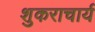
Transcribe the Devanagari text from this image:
शुकराचार्य